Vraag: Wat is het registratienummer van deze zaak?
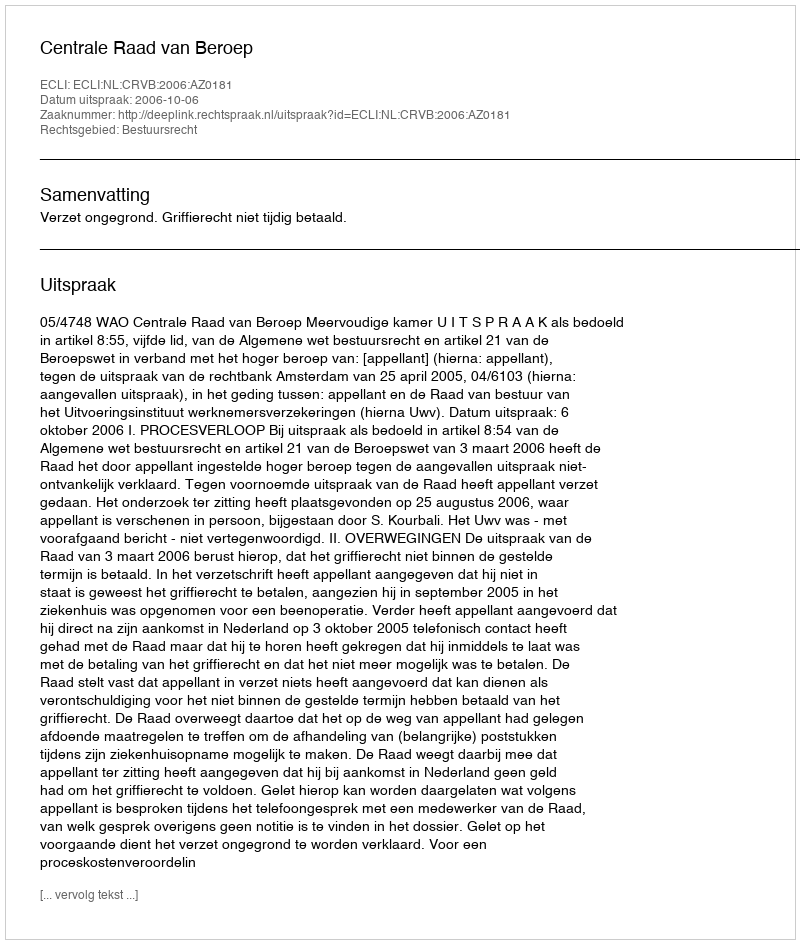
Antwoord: http://deeplink.rechtspraak.nl/uitspraak?id=ECLI:NL:CRVB:2006:AZ0181